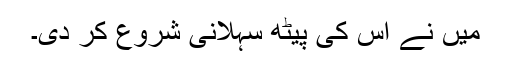
میں نے اس کی پیٹھ سہلانی شروع کر دی۔